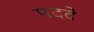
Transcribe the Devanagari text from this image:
मददे